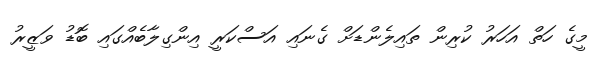
މީގެ ހަތް އަހަރު ކުރިން ތައިލެންޑަށް ގެނައި އަސްކަރީ އިންގިލާބެއްގައި ބޮޑު ވަޒީރު